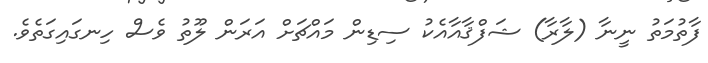
ފާތުމަތު ނީނާ (ލާރާ) ޝަފްޤާއާއެކު ސިޑިން މައްޗަށް އަރަން ލޫތު ވެސް ހިނގައިގަތެވެ.